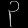
Digit: ၃